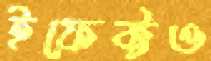
ইফেক্টও